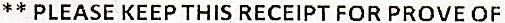
** PLEASE KEEP THIS RECEIPT FOR PROVE OF